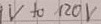
Text: 9V to 120V